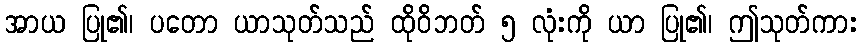
အာယ ပြု၏၊ ပတော ယာသုတ်သည် ထိုဝိဘတ် ၅ လုံးကို ယာ ပြု၏၊ ဤသုတ်ကား